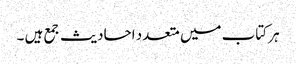
ہر کتاب میں متعدد احادیث جمع ہیں ۔